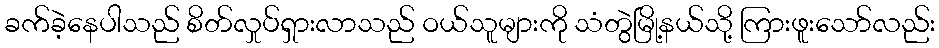
ခက်ခဲ့နေပါသည် စိတ်လှုပ်ရှားလာသည် ဝယ်သူများကို သံတွဲမြို့နယ်သို့ ကြားဖူးသော်လည်း